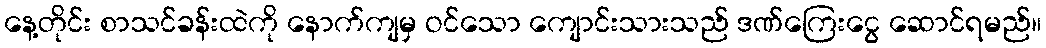
နေ့တိုင်း စာသင်ခန်းထဲကို နောက်ကျမှ ဝင်သော ကျောင်းသားသည် ဒဏ်ကြေးငွေ ဆောင်ရမည်။